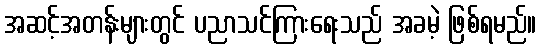
အဆင့်အတန်းများတွင် ပညာသင်ကြားရေးသည် အခမဲ့ ဖြစ်ရမည်။